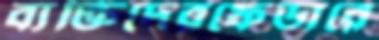
ব্যক্তিদেরফেডারে